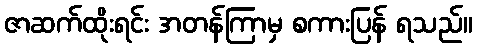
ဇာဆက်ထိုးရင်း အတန်ကြာမှ စကားပြန် ရသည်။